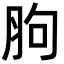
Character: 胊